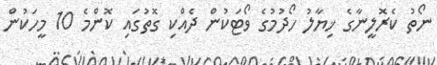
ނޯތު ކެރޮލީނާގެ ޚިޔާލު ހޯދުމުގެ ވޯޓަކުން ދެއްކި ގޮތުގައި ކޮންމެ 10 މީހަކުން